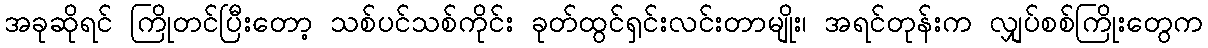
အခုဆိုရင် ကြိုတင်ပြီးတော့ သစ်ပင်သစ်ကိုင်း ခုတ်ထွင်ရှင်းလင်းတာမျိုး၊ အရင်တုန်းက လျှပ်စစ်ကြိုးတွေက